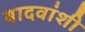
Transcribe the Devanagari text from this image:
यादवांशी